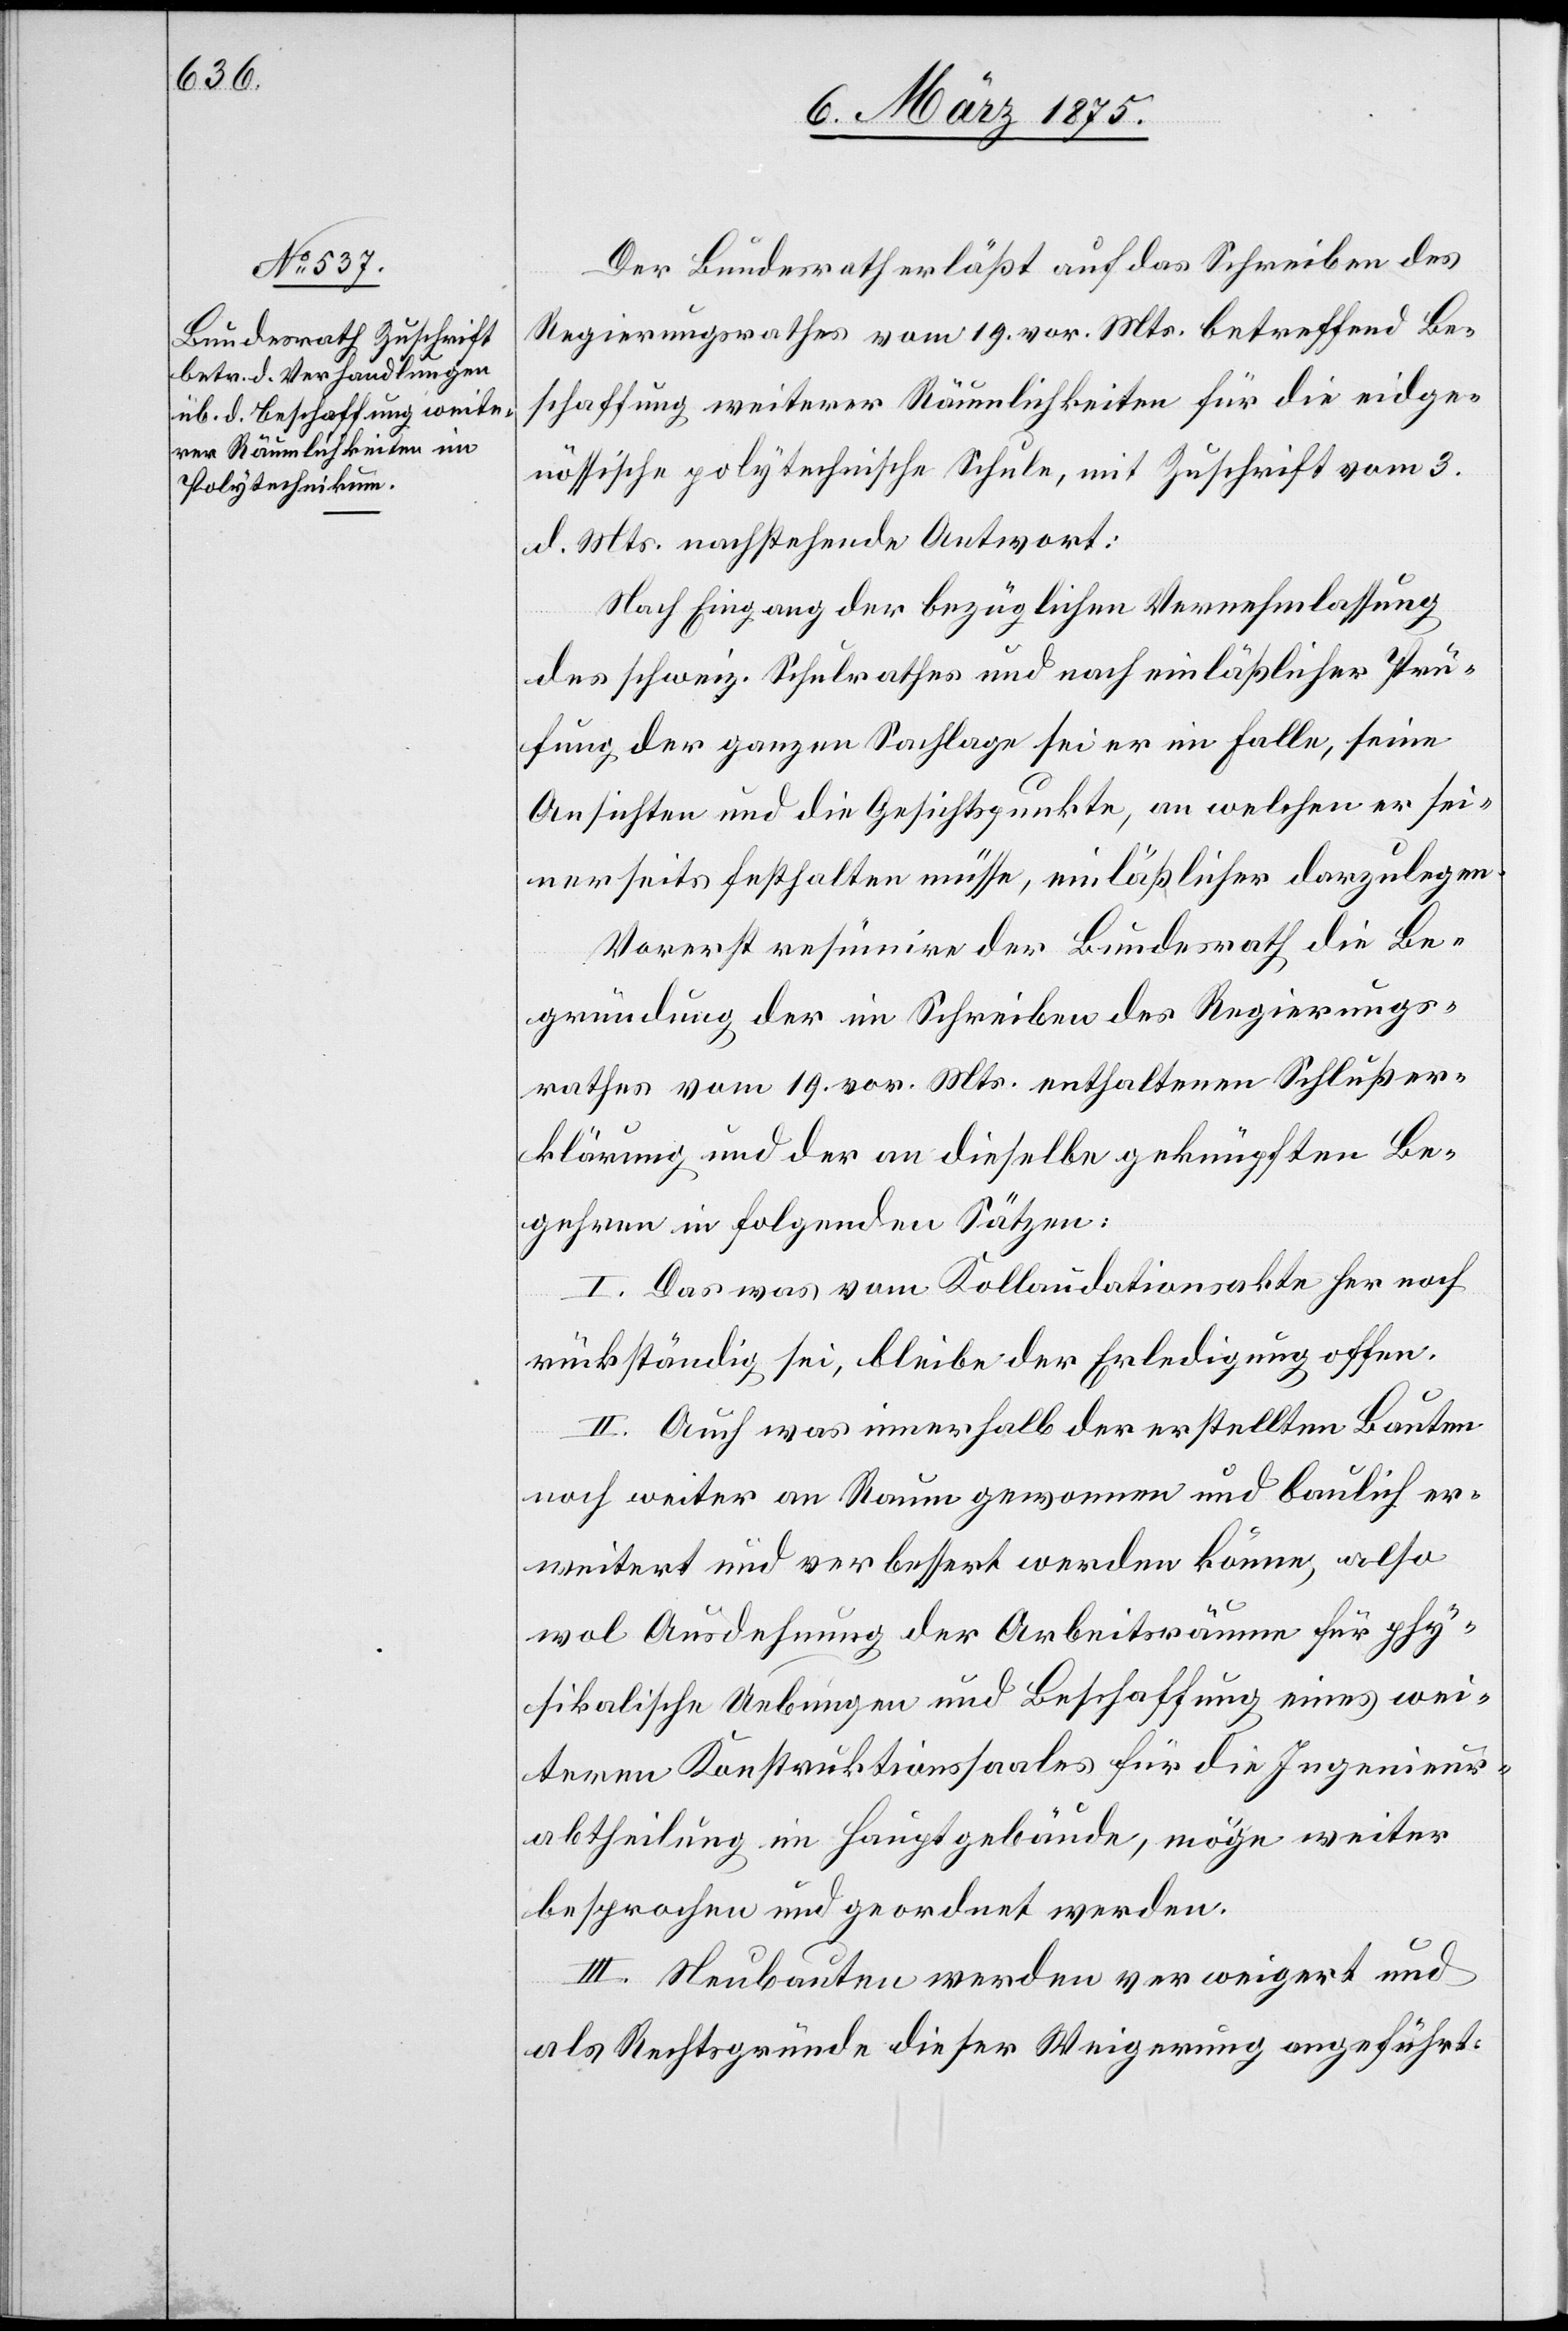
Der Bundesrath erläßt auf das Schreiben des
Regierungsrathes vom 19. vor. Mts. betreffend Be¬
schaffung weiterer Räumlichkeiten für die eidge¬
nössische polytechnische Schule, mit Zuschrift vom 3.
d. Mts. nachstehende Antwort:
Nach Eingang der bezüglichen Vernehmlassung
des schweiz. Schulrathes und nach einläßlicher Prü¬
fung der ganze Sachlage sei er im Falle, seine
Ansichten und die Gesichtspunkte, an welchen er sei¬
nerseits festhalten müsse, einläßlicher darzulegen.
Vorerst resümire der Bundesrath, die Be¬
gründung der im Schreiben des Regierungs¬
rates vom 19. vor. Mts. enthaltenen Schlußer¬
klärung und der an dieselbe geknüpften Be¬
gehren in folgenden Sätzen:
I. Das was vom Kollaudationsakte her noch
rückständig sei, bleibe der Erledigung offen.
II. Auch was innerhalb der erstellten Bauten
noch weiter an Raum gewonnen und baulich er¬
weitert und verbessert werden könne, also
wol Ausdehnung der Arbeitsräume für phy¬
sikalische Uebungen und Beschaffung eines wei¬
teren Konstruktionssaales für die Ingenieur¬
abtheilung im Hauptgebäude, möge weiter
besprochen und geordnet werden.
III. Neubauten werden verweigert und
als Rechtsgründe dieser Weigerung angeführt: